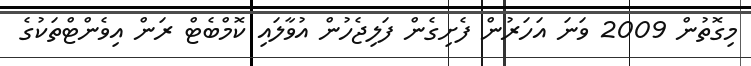
މިގޮތުން 2009 ވަނަ އަހަރުން ފެށިގެން ފަލިޖެހުން އުވާލައި ކޮމްބެޓް ރަން އިވެންޓްތަކުގެ